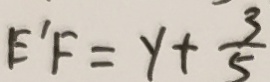
E ^ { \prime } F = y + \frac { 3 } { 5 }